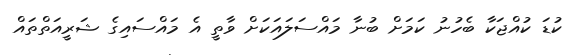
ކުޑަ ކުއްޖަކާ ބެހުނު ކަމަށް ބުނާ މައްސަލައަކަށް ވާތީ އެ މައްސައިގެ ޝަރީއަތްތައް